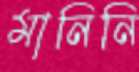
মানিনি